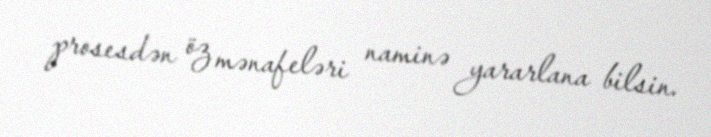
prosesdən öz mənafeləri naminə yararlana bilsin.